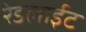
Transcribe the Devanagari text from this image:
रेडलाईट